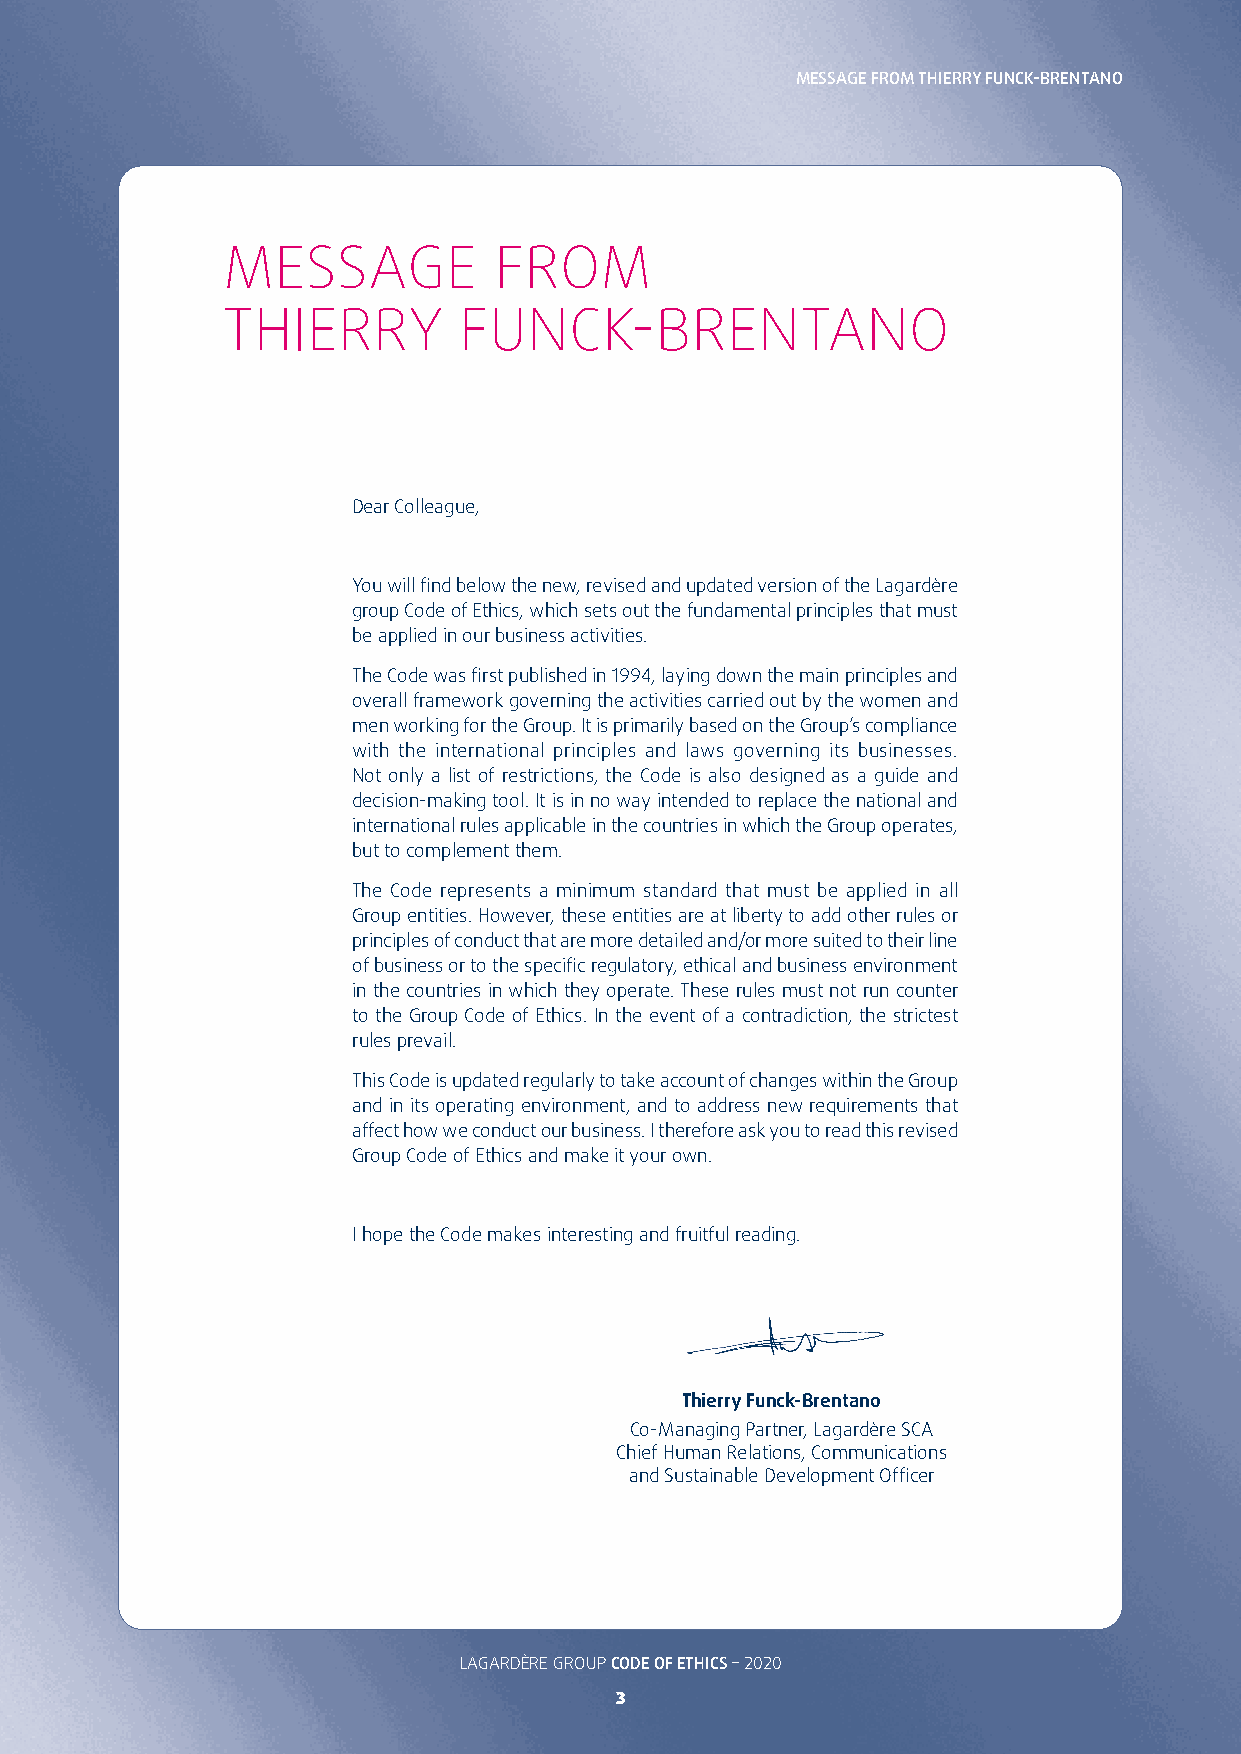
MESSAGE FROM THIERRY FUNCK-BRENTANO
 MESSAGE           FROM
 THIERRY        FUNCK-BRENTANO
 Dear Colleague,
 You will find below the new, revised and updated version of the Lagardère
 group Code of Ethics, which sets out the fundamental principles that must
 be applied in our business activities�
 The Code was first published in 1994, laying down the main principles and
 overall framework governing the activities carried out by the women and
 men working for the Group� It is primarily based on the Group’s compliance
 with the international principles and laws governing its businesses�
 Not only a list of restrictions, the Code is also designed as a guide and
 decision-making tool� It is in no way intended to replace the national and
 international rules applicable in the countries in which the Group operates,
 but to complement them�
 The Code represents a minimum standard that must be applied in all
 Group entities� However, these entities are at liberty to add other rules or
 principles of conduct that are more detailed and/or more suited to their line
 of business or to the specific regulatory, ethical and business environment
 in the countries in which they operate� These rules must not run counter
 to the Group Code of Ethics� In the event of a contradiction, the strictest
 rules prevail�
 This Code is updated regularly to take account of changes within the Group
 and in its operating environment, and to address new requirements that
 affect how we conduct our business� I therefore ask you to read this revised
 Group Code of Ethics and make it your own�
 I hope the Code makes interesting and fruitful reading�
 Thierry Funck-Brentano
 Co-Managing Partner, Lagardère SCA
 Chief Human Relations, Communications
 and Sustainable Development Officer
 LAGARDÈRE GROUP CODE OF ETHICS – 2020
 3